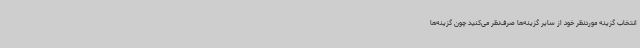
انتخاب گزینه موردنظر خود از سایر گزینه‌ها صرف‌نظر می‌کنید چون گزینه‌ها